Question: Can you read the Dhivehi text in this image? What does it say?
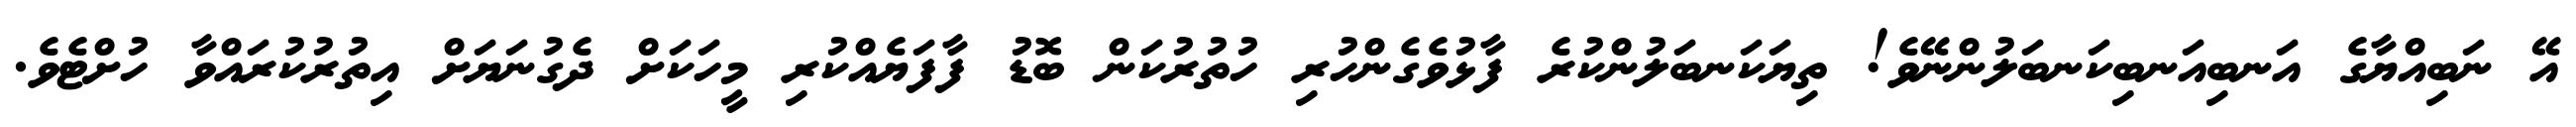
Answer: އޭ ނަބިއްޔާގެ އަނބިއަނބިކަނބަލުންނޭވެ! ތިޔަކަނބަލުންކުރެ ފާޅުވެގެންހުރި ހުތުރުކަން ބޮޑު ފާފަޔެއްކުރި މީހަކަށް ދެގުނަޔަށް އިތުރުކުރައްވާ ހުށްޓެވެ.